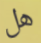
هل